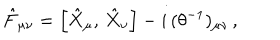
\hat { F } _ { \mu \nu } = \left[ \hat { X } _ { \mu } , \, \hat { X } _ { \nu } \right] - i \, ( \theta ^ { - 1 } ) _ { \mu \nu } \, ,